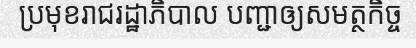
ប្រមុខរាជរដ្ឋាភិបាល បញ្ជាឲ្យសមត្ថកិច្ច